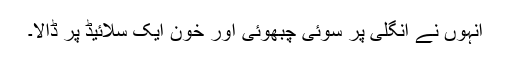
انہوں نے انگلی پر سوئی چبھوئی اور خون ایک سلائیڈ پر ڈالا۔